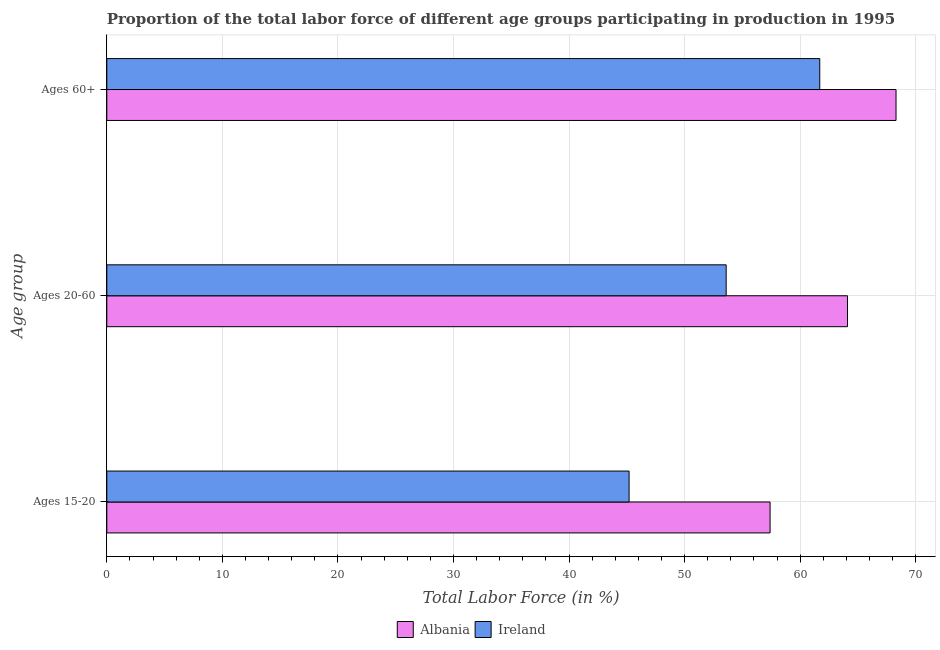
| Age group | Albania | Ireland |
 | --- | --- | --- |
 | Ages 15-20 | 57.4 | 45.2 |
 | Ages 20-60 | 64.1 | 53.6 |
 | Ages 60+ | 68.3 | 61.7 |